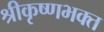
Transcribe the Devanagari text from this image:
श्रीकृष्णभक्त